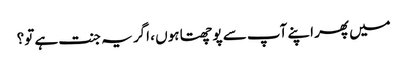
میں پھر اپنے آپ سے پوچھتا ہوں ، اگر یہ جنت ہے تو؟